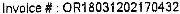
INVOICE # : OR18031202170432